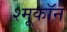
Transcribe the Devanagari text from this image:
श्मूकॉन